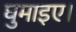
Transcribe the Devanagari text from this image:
घुमाइए।